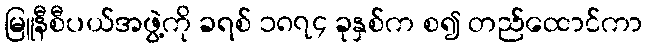
မြူနီစီပယ်အဖွဲ့ကို ခရစ် ၁၈၇၄ ခုနှစ်က စ၍ တည်ထောင်ကာ